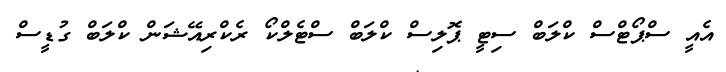
އެއީ ސްޕޯޓްސް ކްލަބް ސިޓީ ޕޮލިސް ކްލަބް ސްޓެލްކޯ ރެކްރިއޭޝަން ކްލަބް ގުޑީސް